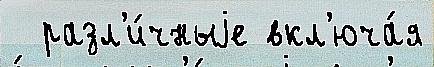
  разл'и́чныjе вкл'юча́я